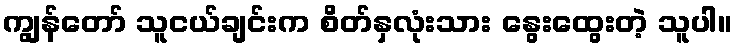
ကျွန်တော် သူငယ်ချင်းက စိတ်နှလုံးသား နွေးထွေးတဲ့ သူပါ။